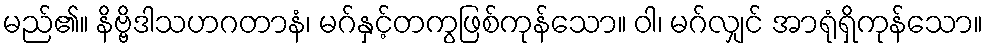
မည်၏။ နိဗ္ဗိဒါသဟဂတာနံ၊ မဂ်နှင့်တကွဖြစ်ကုန်သော။ ဝါ၊ မဂ်လျှင် အာရုံရှိကုန်သော။